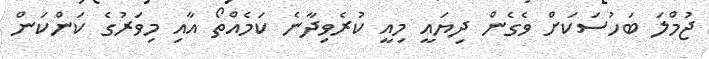
ޖުމްލަ ބަހުސަކަށް ވެގެން ދިޔައީ މިއީ ކުރެވިދާނެ ކަމެއްތޯ އާއި މިވަރުގެ ކަންކަން